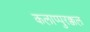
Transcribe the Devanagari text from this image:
कलाप्पुरक्कल